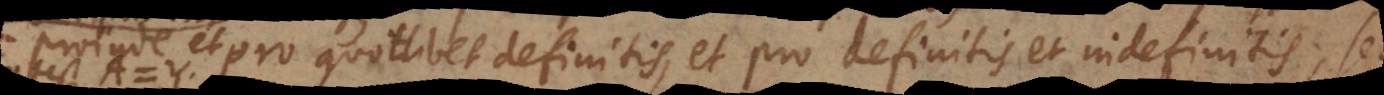
proinde et pro quotlibet definitis, et pro definitis et indefinitis, seu